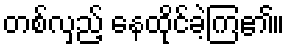
တစ်လှည့် နေထိုင်ခဲ့ကြ၏။